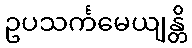
ဥပသင်္ကမေယျန္တိ